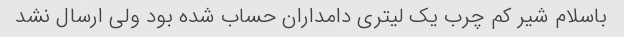
باسلام شیر کم چرب یک لیتری دامداران حساب شده بود ولی ارسال نشد